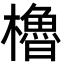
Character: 櫓